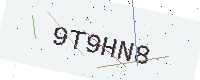
Text: 9T9HN8